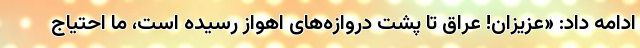
ادامه داد: «عزیزان! عراق تا پشت دروازه‌های اهواز رسیده است، ما احتیاج